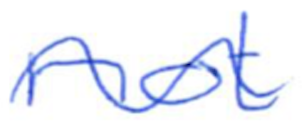
Text: not
Cross-out: wave
Writing tool: ballpoint